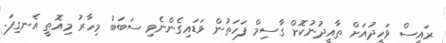
ރައީސް ވަހީދުއަށް ތާއީދުނުކޮށް ގާސިމް ފަހަތުން ވަޑައިގެންނެވި ސަބަބު މިހާރު މިއޮތީ އެނގިފަ.